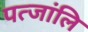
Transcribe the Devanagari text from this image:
पत्जांलि